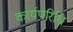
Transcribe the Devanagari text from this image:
कार्यपरिधि